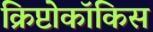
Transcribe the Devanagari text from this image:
क्रिप्टोकॉकिस